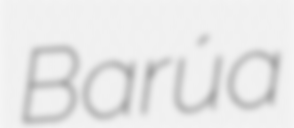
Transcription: Barúa